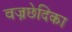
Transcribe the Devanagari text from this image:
वज्रछेदिका